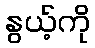
နွယ့်ကို